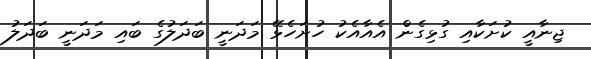
ޖިނާއީ ކުށަކާއި ގުޅިގެން އެއާއެކު ހުށަހެޅޭ މަދަނީ ބަދަލުގެ ބައި މަދަނީ ބަދަލު